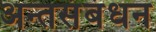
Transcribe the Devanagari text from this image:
अन्तसंबंधन